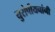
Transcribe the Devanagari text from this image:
युरोपीयनांनी